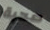
صحية